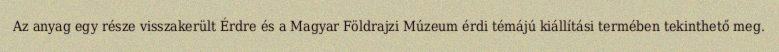
Az anyag egy része visszakerült Érdre és a Magyar Földrajzi Múzeum érdi témájú kiállítási termében tekinthető meg.